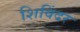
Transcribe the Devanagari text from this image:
शिविंदर